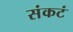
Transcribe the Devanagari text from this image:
संकटं